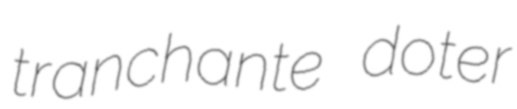
tranchante doter